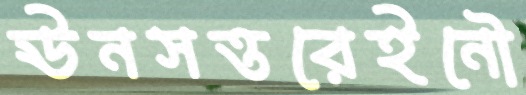
ঊনসত্তরেইনৌ